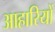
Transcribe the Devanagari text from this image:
आहारियों